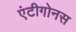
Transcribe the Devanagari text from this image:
एंटीगोनस